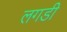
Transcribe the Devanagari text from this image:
लगडी